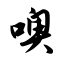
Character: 噢